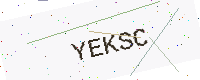
Text: YEKSC